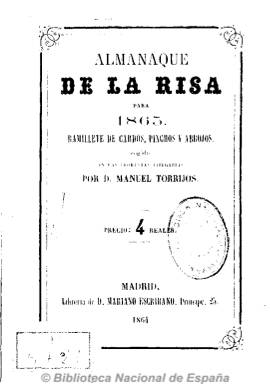
Título: Almanaque de la risa
Colección: Almanaques || Revistas satíricas y humorísticas
Ámbito geográfico: Madrid
Lugar de publicación: Madrid
Fechas: 01/01/1865-01/01/1881

Publicación popular que incluye en cada fascículo en su primera parte el calendario anual registrando fenómenos astronómicos (como los eclipses) y pronosticando el porvenir de las estaciones según análisis de la astrología. Recoge la cronología anual del ciclo religioso y también del civil.

El grueso de cada fascículo contiene textos literarios y composiciones en verso y prosa de carácter jocoso o curioso acompañados en ocasiones con ilustraciones interesantes por los tipos sociales que ilustra.

Finalmente incluye el catálogo de obras a la venta del editor y en algunos fascículos anuncios de negocios madrileños.